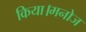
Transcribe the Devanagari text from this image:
किया।मनोज